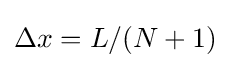
\Delta x=L/(N+1)